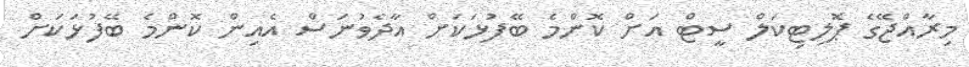
މިރާއްޖޭގެ ޕޮލިޓިކަލް ސީޓް އަށް ކޮންމެ ބޭފުޅަކަށް އާދެވުނަސް އެއިން ކޮންމެ ބޭފުޅަކަށް